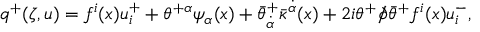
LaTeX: q ^ { + } ( \zeta , u ) = f ^ { i } ( x ) u _ { i } ^ { + } + \theta ^ { + \alpha } \psi _ { \alpha } ( x ) + \bar { \theta } _ { \dot { \alpha } } ^ { + } \bar { \kappa } ^ { \dot { \alpha } } ( x ) + 2 i \theta ^ { + } / \! \! \! \partial \bar { \theta } ^ { + } f ^ { i } ( x ) u _ { i } ^ { - } ,